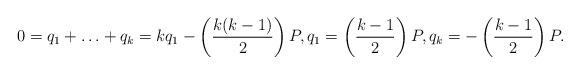
LaTeX: \begin{align*} 0 = q_1 + \ldots + q_k = k q_1 - \left( \frac{k(k-1)}2 \right) P, q_1 = \left( \frac{k-1}2 \right) P , q_k = - \left( \frac{k-1}2 \right) P.\end{align*}